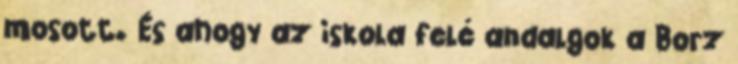
mosott. És ahogy az iskola felé andalgok a Borz